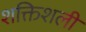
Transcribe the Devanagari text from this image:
शक्तिशली